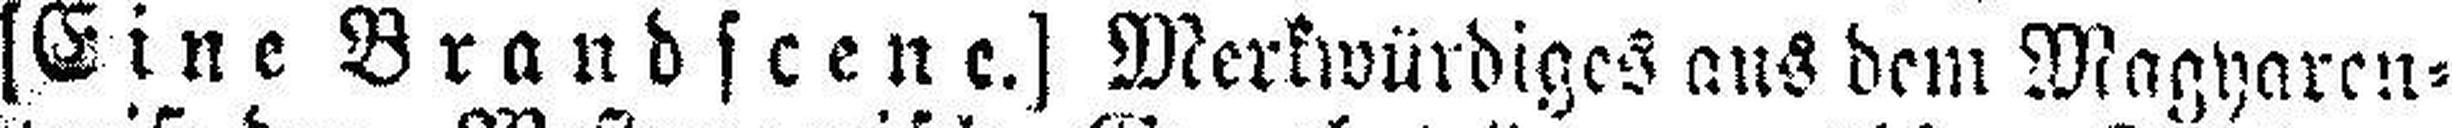
[Eine Brandscene.] Merkwürdiges aus dem Magyaren¬